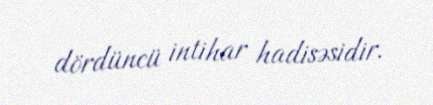
dördüncü intihar hadisəsidir.